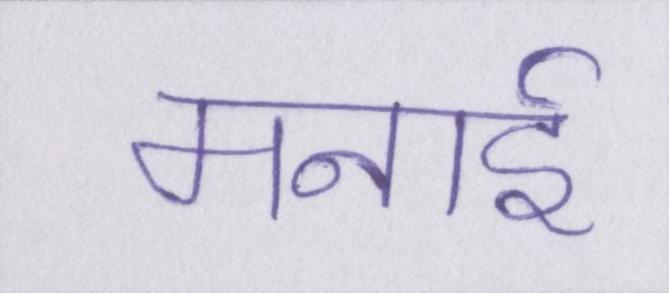
मनाई